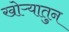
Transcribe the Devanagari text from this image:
खोऱ्यातुन